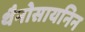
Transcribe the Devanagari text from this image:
थैनोसायनिन